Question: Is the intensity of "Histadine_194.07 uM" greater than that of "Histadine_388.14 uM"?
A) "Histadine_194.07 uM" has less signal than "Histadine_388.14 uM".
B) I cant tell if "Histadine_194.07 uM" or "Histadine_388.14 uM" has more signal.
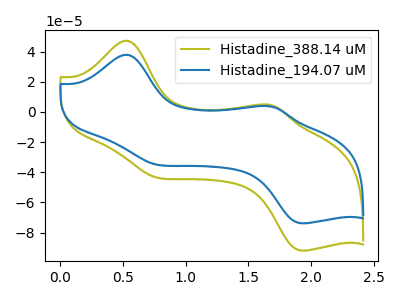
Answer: <think>The olive curve "Histadine_388.14 uM" has anodic peaks at (0.55V, 47.30uA) (1.65V, 4.90uA) and cathodic peaks at (0.75V, -42.65uA) (1.95V, -91.90uA). The blue curve "Histadine_194.07 uM" has anodic peaks at (0.55V, 37.95uA) (1.65V, 3.95uA) and cathodic peaks at (0.75V, -34.25uA) (1.95V, -73.80uA).
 All the peaks in "Histadine_194.07 uM" have a peak in "Histadine_388.14 uM" at the same potential. Every peak in "Histadine_194.07 uM" is lower than every peak in "Histadine_388.14 uM".</think>
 <answer>A) "Histadine_194.07 uM" has less signal than "Histadine_388.14 uM".</answer>
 <eval>A</eval>